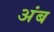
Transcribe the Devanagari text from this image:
अंब